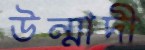
উন্মাদী